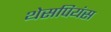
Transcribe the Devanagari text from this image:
थेसपियंस